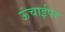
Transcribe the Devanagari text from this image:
ऊंचाईपर